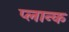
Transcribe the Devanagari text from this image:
प्लान्क